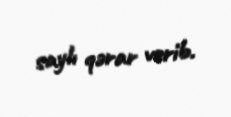
saylı qərar verib.